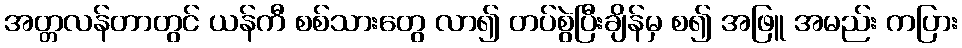
အတ္တလန်တာတွင် ယန်ကီ စစ်သားတွေ လာ၍ တပ်စွဲပြီးချိန်မှ စ၍ အဖြူ အမည်း ကပြား